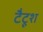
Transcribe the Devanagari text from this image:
टैटूश